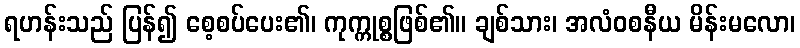
ရဟန်းသည် ပြန်၍ စေ့စပ်ပေး၏၊ ကုက္ကုစ္စဖြစ်၏။ ချစ်သား၊ အလံဝစနီယ မိန်းမလော၊